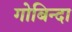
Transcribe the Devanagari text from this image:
गोबिन्दा